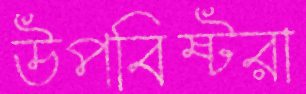
উপবিষ্টরা